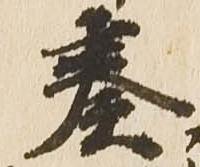
奏